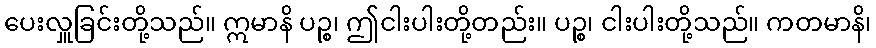
ပေးလှူခြင်းတို့သည်။ ဣမာနိ ပဉ္စ၊ ဤငါးပါးတို့တည်း။ ပဉ္စ၊ ငါးပါးတို့သည်။ ကတမာနိ၊